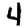
Digit: 4